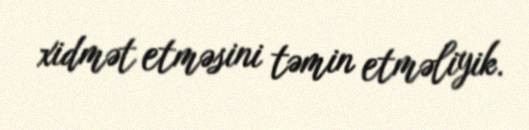
xidmət etməsini təmin etməliyik.